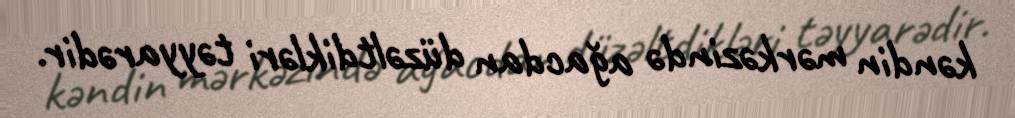
kəndin mərkəzində ağacdan düzəltdikləri təyyarədir.